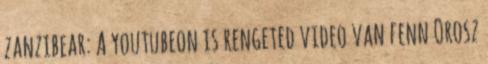
zanzibear: A youtubeon is rengeted video van fenn Orosz